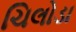
ચિલોડા